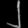
Digit: ၂